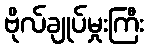
ဗိုလ်ချုပ်မှုးကြီး